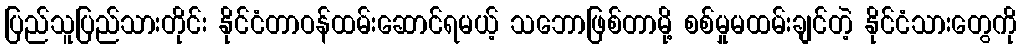
ပြည်သူပြည်သားတိုင်း နိုင်ငံတာဝန်ထမ်းဆောင်ရမယ့် သဘောဖြစ်တာမို့ စစ်မှုမထမ်းချင်တဲ့ နိုင်ငံသားတွေကို